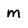
Character: m